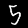
Label: 5